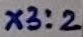
Text: X3:2